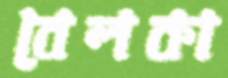
বেলকা